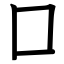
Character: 囗